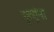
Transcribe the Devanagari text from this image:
मृत्यूंना